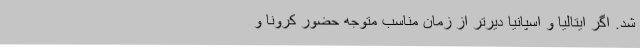
شد. اگر ایتالیا و اسپانیا دیرتر از زمان مناسب متوجه حضور کرونا و